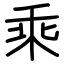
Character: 乘